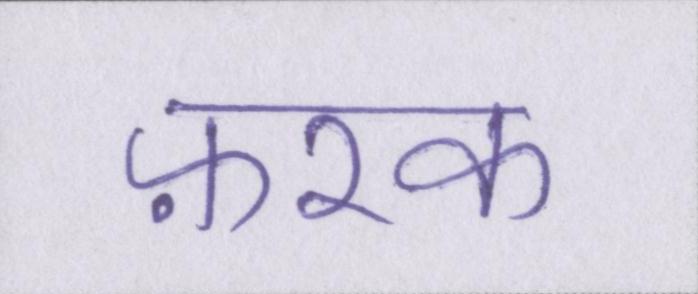
फ़रक